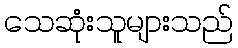
သေဆုံးသူများသည်